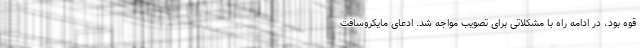
قوه بود، در ادامه راه با مشکلاتی برای تصویب مواجه شد. ادعای مایکروسافت